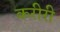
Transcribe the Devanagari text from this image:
करीरी